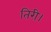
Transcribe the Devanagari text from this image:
तिरी।